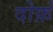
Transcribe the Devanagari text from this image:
दोर्फ़